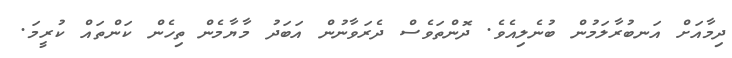
ދިމާއަށް އަނބުރާލަމުން ބުނެލިއެވެ. ދޮންތަވެސް ދެރަވާނުން އަބަދު މާޔާމެން ތިހެން ކަންތައް ކުރީމަ.